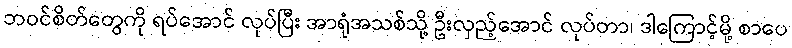
ဘဝင်စိတ်တွေကို ရပ်အောင် လုပ်ပြီး အာရုံအသစ်သို့ ဦးလှည့်အောင် လုပ်တာ၊ ဒါကြောင့်မို့ စာပေ